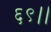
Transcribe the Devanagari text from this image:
६९।।